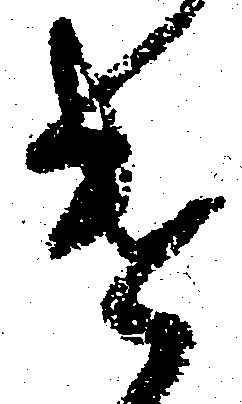
け